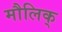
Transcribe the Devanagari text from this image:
मौलिक्